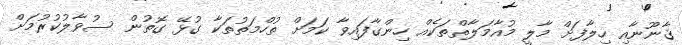
ޤާނޫނާއި ހިލާފަށް މާލީ މުއާމަލާތްތަކެއް ހިންގާފައިވާ ކަމަށް ތުހްމަތުތަކާ ގުޅޭ ގޮތުން ސުވާލުކުރުމަށް